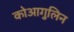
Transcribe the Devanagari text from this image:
कोआगुलिन